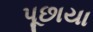
પૂછાયા